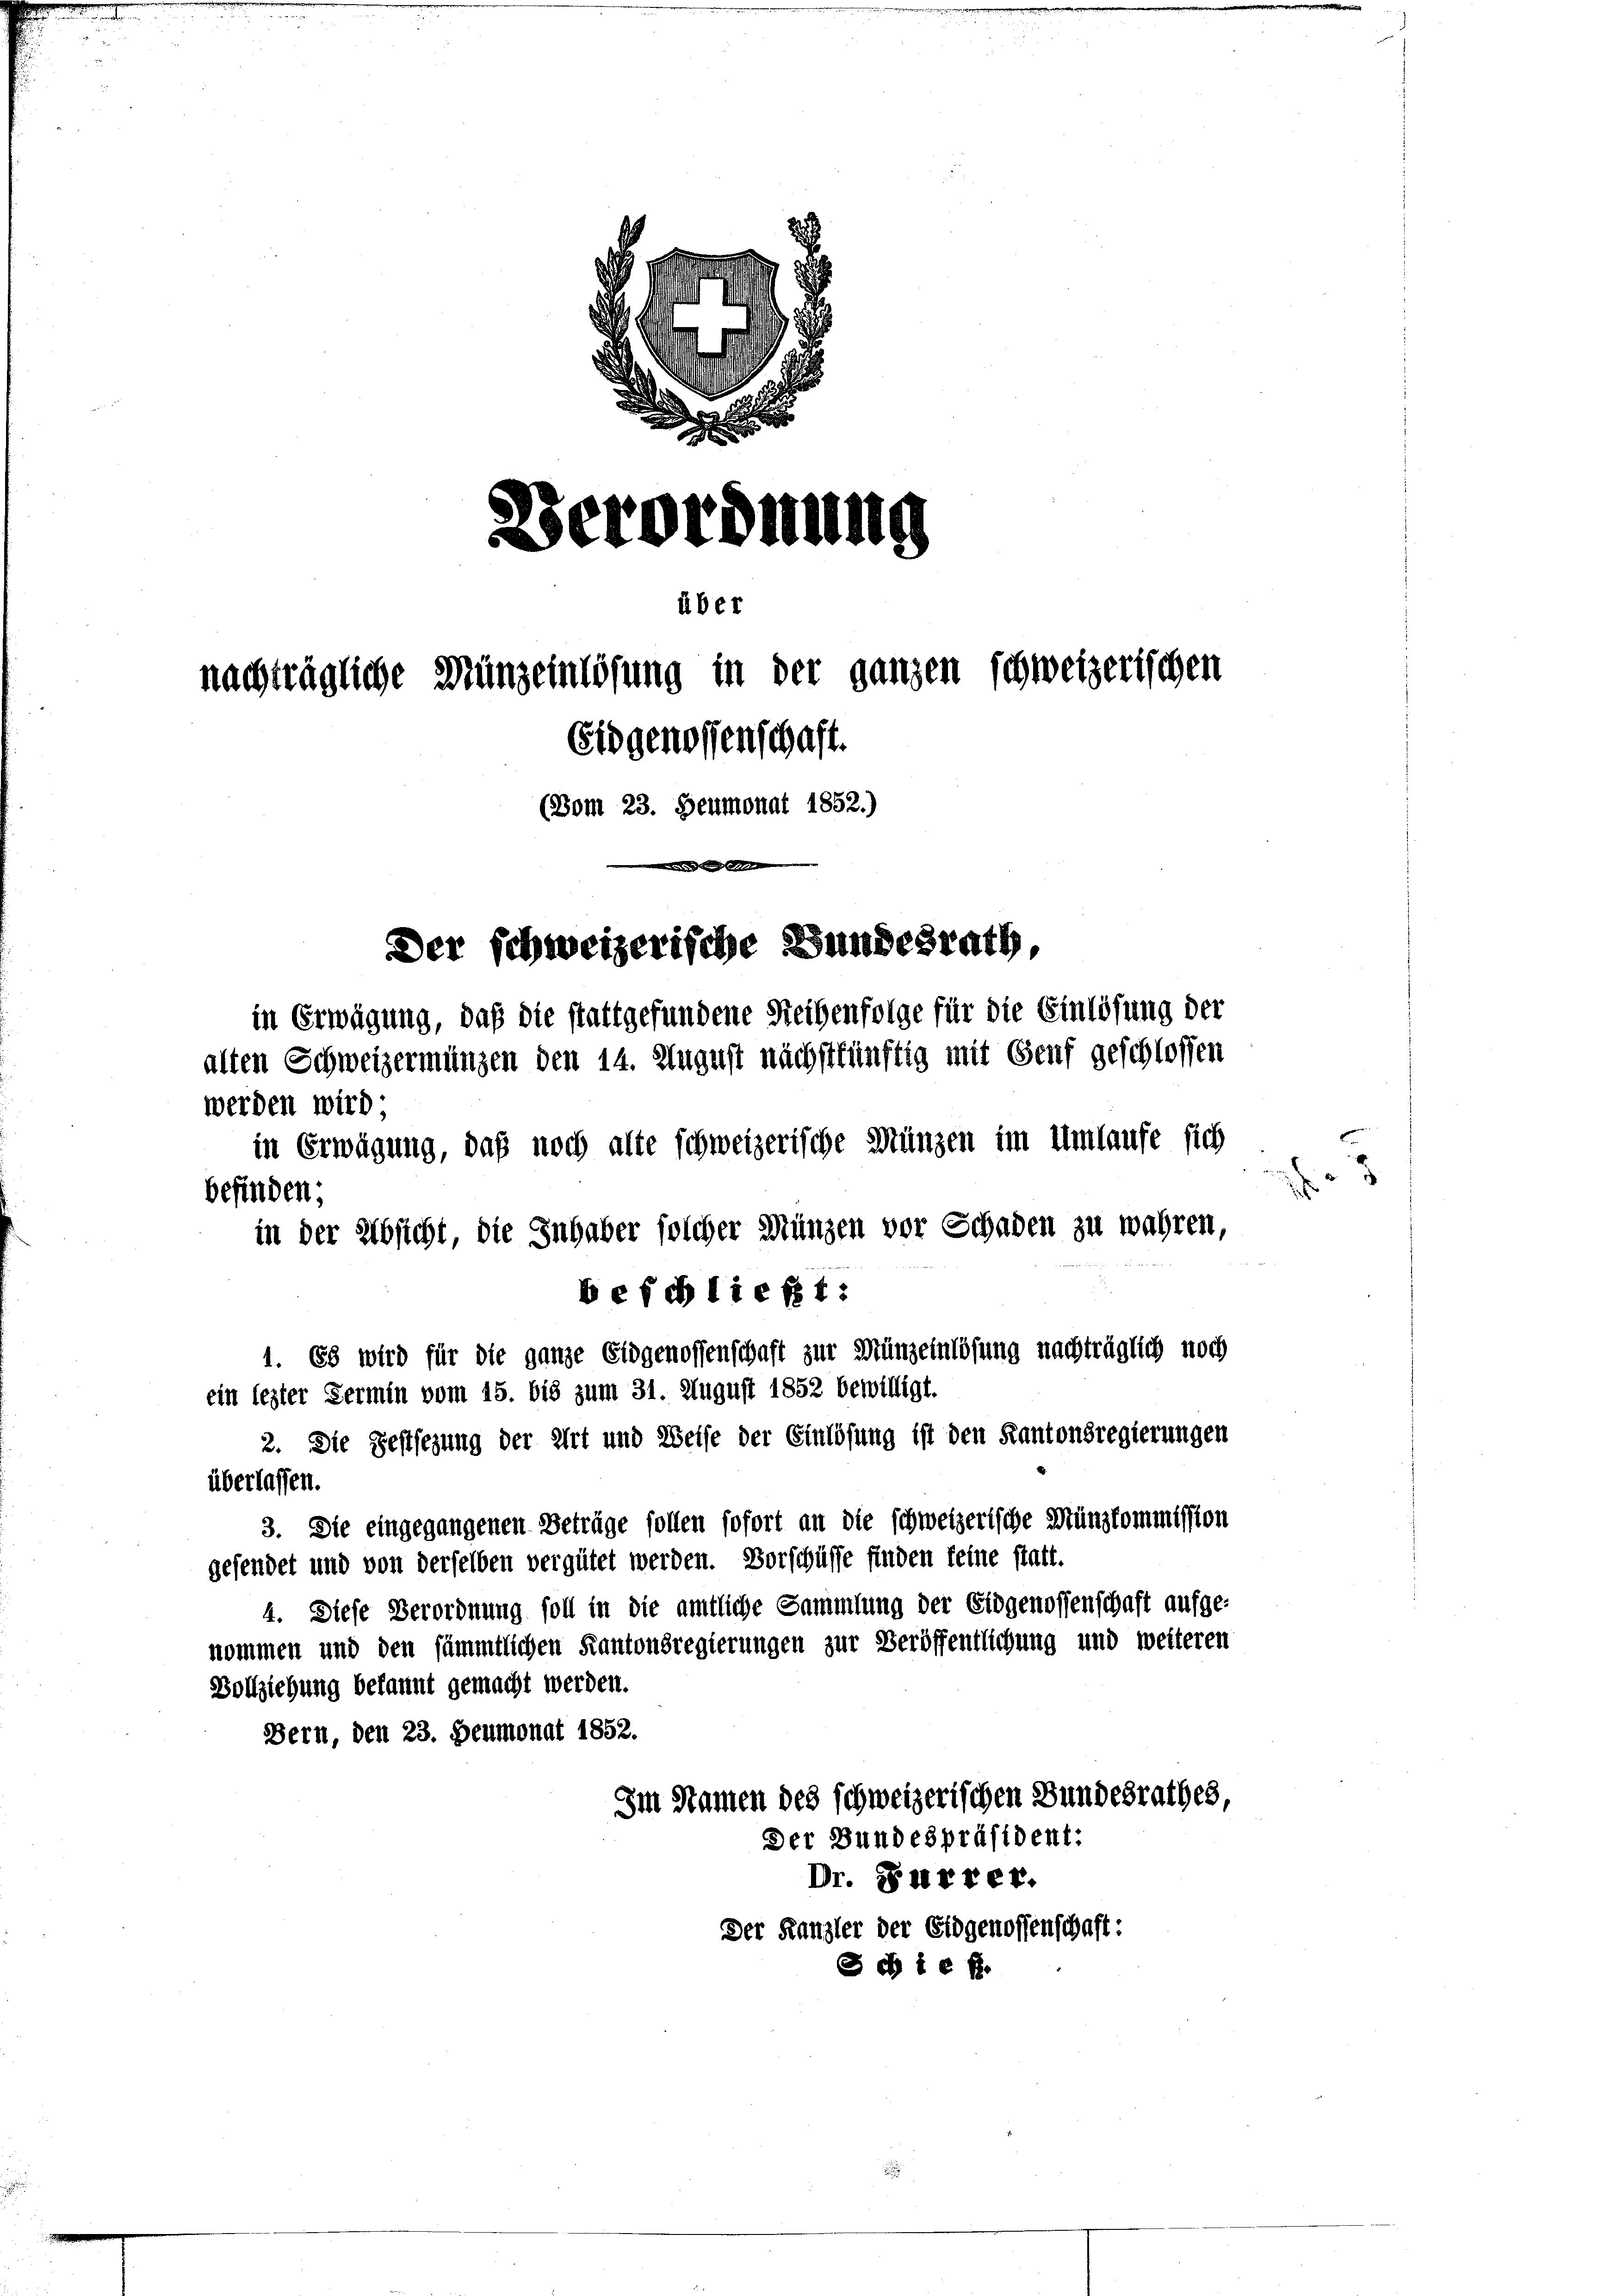
Verordnung
über
nachträgliche Müngeinlösung in der ganzen schweizerischen
Eidgenossenschaft.
(Vom 23. Heumonat 1852.)

Der schweizerische Bundesrath,
in Erwägung, daß die stattgefundene Steigenfolge für die Einlösung der
alten Schweizermungen den 14. August nächstkünftig mit Genf geschlossen
werden wird.
in Erwägung, daß noch alte schweizerische Münzen im Umlaufe sich
.
befinden;
in der Absicht, die Inhaber solcher Münzen vor Schaden zu wahren,
befchließt:
1. Es wird für die ganze Eidgenossenschaft zur Münzeinlösung nachträglich noch
ein lezter Sermin vom 15. bis zum 31. August 1852 bewilligt.

2. Die Gestsezung der Art und Weise der Einlösung ist den Kantonsregierungen
3. Die eingegangenen Beträge sollen sofort an die schweizerische Münzkommission
gesendet und von derselben vergütet werden. Vorschüsse finden keine statt.
4. Diese Verordnung soll in die amtliche Sammlung der Eidgenossenschaft aufge-
nommen und den sämmtlichen Kantonsregierungen zur Beröffentlichung und weiteren
Vollziehung bekannt gemacht werden.
Bern, den 23. Heumonat 1852.
Im Namen des schweizerischen Bundesrathes,
Der Bundespräsident:
Dr. Surrer.
Der Kanzler der Eidgenossenschaft:
Scb i e f

überlassen.